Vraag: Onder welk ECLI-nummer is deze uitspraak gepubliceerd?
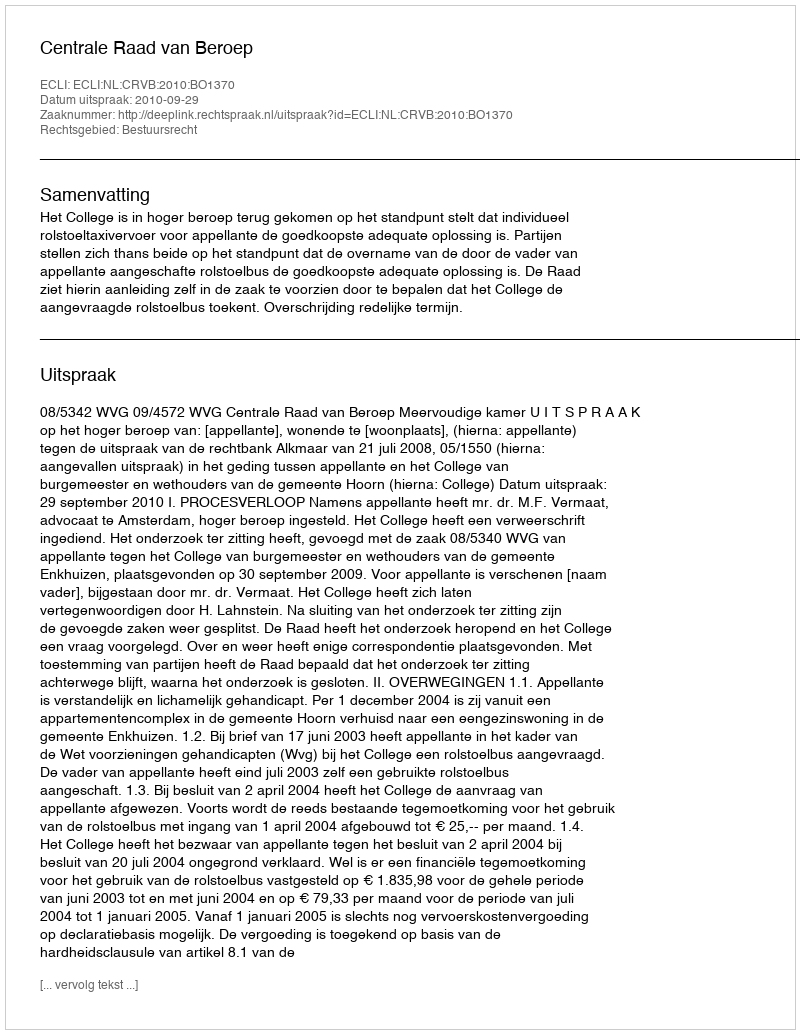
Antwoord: ECLI:NL:CRVB:2010:BO1370